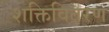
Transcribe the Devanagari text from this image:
शक्तिवितरण